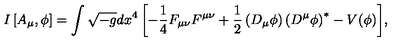
I \left[ A _ { \mu } , \phi \right] = \int { \sqrt { - g } d x ^ { 4 } \left[ - { \frac { 1 } { 4 } } F _ { \mu \nu } F ^ { \mu \nu } + { \frac { 1 } { 2 } } \left( D _ { \mu } \phi \right) \left( D ^ { \mu } \phi \right) ^ { * } - V ( \phi ) \right] } ,